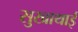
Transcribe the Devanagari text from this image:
सुखाथाई